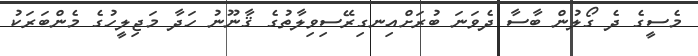
މެސީގެ ދެ ގޯލުން ބާސާ ދެވަނަ ބުރަށްއިނގިރޭސިވިލާތުގެ ޤާނޫނު ހަދާ މަޖިލީހުގެ މެންބަރަކު